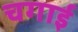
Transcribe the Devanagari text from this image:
चगाई